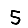
Digit: 5